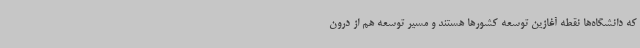
که دانشگاه‌ها نقطه آغازین توسعه کشورها هستند و مسیر توسعه هم از درون